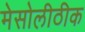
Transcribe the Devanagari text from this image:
मेसोलीठीक